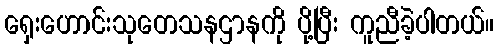
ရှေးဟောင်းသုတေသနဌာနကို ပို့ပြီး ကူညီခဲ့ပါတယ်။